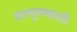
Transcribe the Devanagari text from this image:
सत्पुरुषाशी